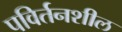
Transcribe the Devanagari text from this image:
पविर्तनशील